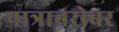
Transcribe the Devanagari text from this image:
पात्राबरोबर